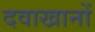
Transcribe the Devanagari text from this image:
दवाखानों